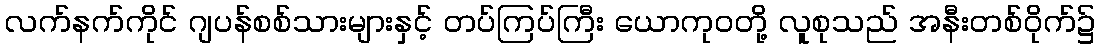
လက်နက်ကိုင် ဂျပန်စစ်သားများနှင့် တပ်ကြပ်ကြီး ယောကုဝတို့ လူစုသည် အနီးတစ်ဝိုက်၌